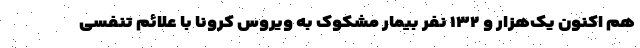
هم اکنون یک‌هزار و ۱۳۲ نفر بیمار مشکوک به ویروس کرونا با علائم تنفسی